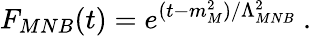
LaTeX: F_{MNB}(t)=e^{(t-m_{M}^{2})/\Lambda_{MNB}^{2}}\ .